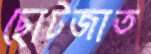
ছোটজাত